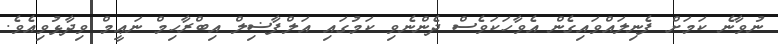
ނުވާނެ ކަމަށް ފެނިލައްވައިގެން އެވާހަކަވެސް ދެންނެވި ކަމުގައި އަލްފާޟިލް އިބްރާހިމް ނަޢީމް ވިދާޅުވިއެވެ.